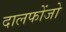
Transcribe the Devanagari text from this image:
दालफोंजो